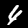
Label: 4